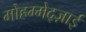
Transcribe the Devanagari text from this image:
मोहम्मेद्ज़ाई